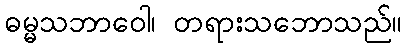
ဓမ္မသဘာဝေါ၊ တရားသဘောသည်။